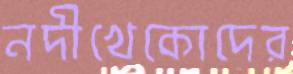
নদীখেকোদের